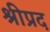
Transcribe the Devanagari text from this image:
श्रीप्रद